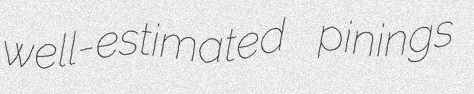
well-estimated pinings